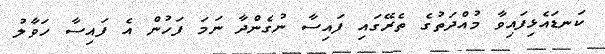
ކަނޑައެޅިފައިވާ މުއްދަތުގެ ތެރޭގައި ފައިސާ ނުގެންދާ ނަމަ ފަހުން އެ ފައިސާ ހަވާލު